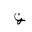
Letter: _za